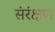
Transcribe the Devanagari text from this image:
संरंक्षण